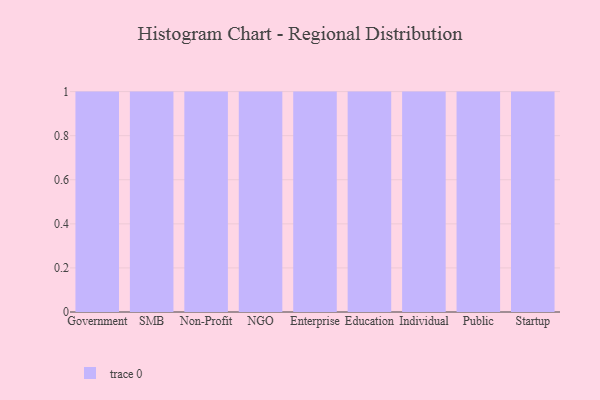
{"axis": {"x": "Segment", "y": "Humidity (%)"}, "legend": [""], "data": [{"x": "Government", "y": 46, "type": ""}, {"x": "SMB", "y": 19, "type": ""}, {"x": "Non-Profit", "y": 17, "type": ""}, {"x": "NGO", "y": 82, "type": ""}, {"x": "Enterprise", "y": 26, "type": ""}, {"x": "Education", "y": 9, "type": ""}, {"x": "Individual", "y": 29, "type": ""}, {"x": "Public", "y": 20, "type": ""}, {"x": "Startup", "y": 22, "type": ""}]}